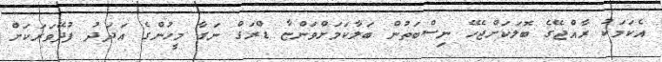
އެކަމަކު ރާއްޖޭގެ ބޮލަކަށްޖެހޭ ނިސްބަތުން ބަލާކަމަށްވަންޏާ ޑްރަގް ނަގާ މީހުންގެ އަދަދު ފުދޭވަރަކަށް